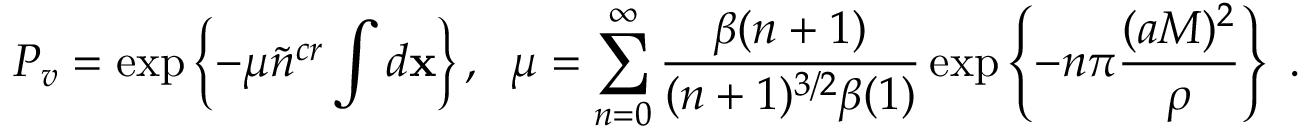
P _ { v } = \exp \left\{ - \mu \tilde { n } ^ { c r } \int d { \bf x } \right\} , \; \; \mu = \sum _ { n = 0 } ^ { \infty } \frac { \beta ( n + 1 ) } { ( n + 1 ) ^ { 3 / 2 } \beta ( 1 ) } \exp \left\{ - n \pi \frac { ( a M ) ^ { 2 } } \rho \right\} \; .